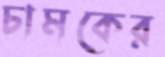
চামকের